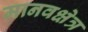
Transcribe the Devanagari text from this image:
मानवक्षेत्र